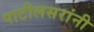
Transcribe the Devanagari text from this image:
पाटीलसरांनी